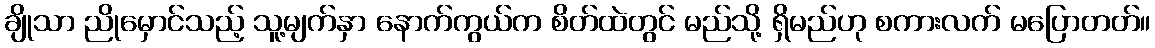
ချိုသာ ညိုမှောင်သည့် သူ့မျက်နှာ နောက်ကွယ်က စိတ်ထဲတွင် မည်သို့ ရှိမည်ဟု စကားလက် မပြောတတ်။